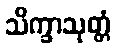
သိက္ခာသုတ္တံ